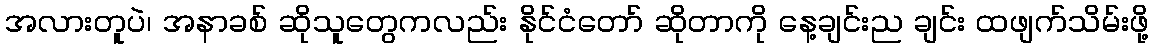
အလားတူပဲ၊ အနာခစ် ဆိုသူတွေကလည်း နိုင်ငံတော် ဆိုတာကို နေ့ချင်းည ချင်း ထဖျက်သိမ်းဖို့